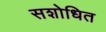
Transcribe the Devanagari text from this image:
सशोधित